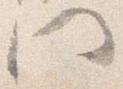
門